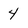
Character: 4